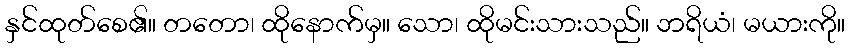
နှင်ထုတ်စေ၏။ တတော၊ ထိုနောက်မှ။ သော၊ ထိုမင်းသားသည်။ ဘရိယံ၊ မယားကို။